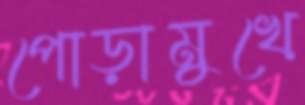
পোড়ামুখে